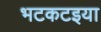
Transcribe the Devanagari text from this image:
भटकटइया